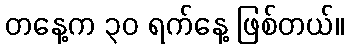
တနေ့က ၃၀ ရက်နေ့ ဖြစ်တယ်။